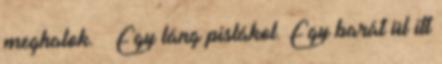
meghalok. – Egy láng pislákol. Egy barát ül itt